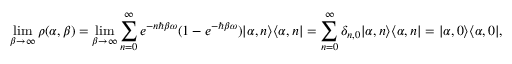
\operatorname* { l i m } _ { \beta \to \infty } \rho ( \alpha , \beta ) = \operatorname* { l i m } _ { \beta \to \infty } \sum _ { n = 0 } ^ { \infty } e ^ { - n \hbar \beta \omega } ( 1 - e ^ { - \hbar \beta \omega } ) | \alpha , n \rangle \langle \alpha , n | = \sum _ { n = 0 } ^ { \infty } \delta _ { n , 0 } | \alpha , n \rangle \langle \alpha , n | = | \alpha , 0 \rangle \langle \alpha , 0 | ,